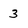
Character: 3